Vaccination North-Western Provinces and Oudh 1896-1901 - 1896-1901
Year: 1896
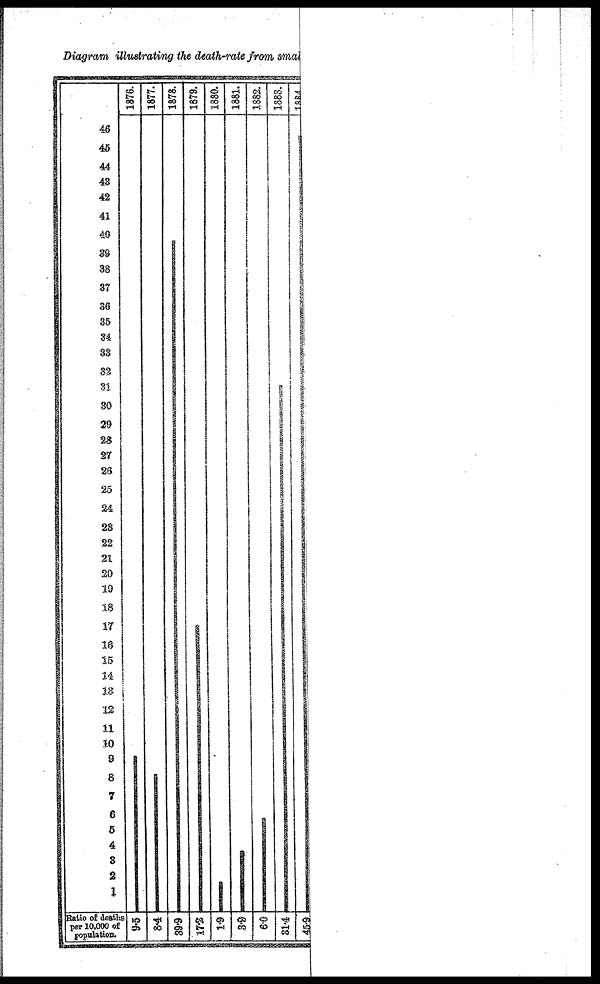
Diagram illustrating the death-rate from small